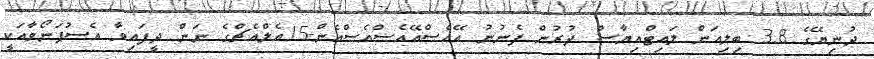
ދުނިޔޭގެ 3.8 ބިލިއަން ލައިޓްއިޔާސް ދުރުން ފެނުނު އޭއެސްއޭއެސްއެސްއެން-15އެލްއެޗްގެ ނަން ދީފައިވާ އެސުޕަނޯވާއަކީ